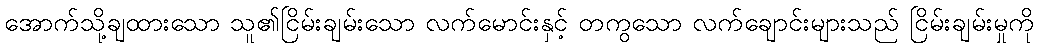
အောက်သို့ချထားသော သူ၏ငြိမ်းချမ်းသော လက်မောင်းနှင့် တကွသော လက်ချောင်းများသည် ငြိမ်းချမ်းမှုကို